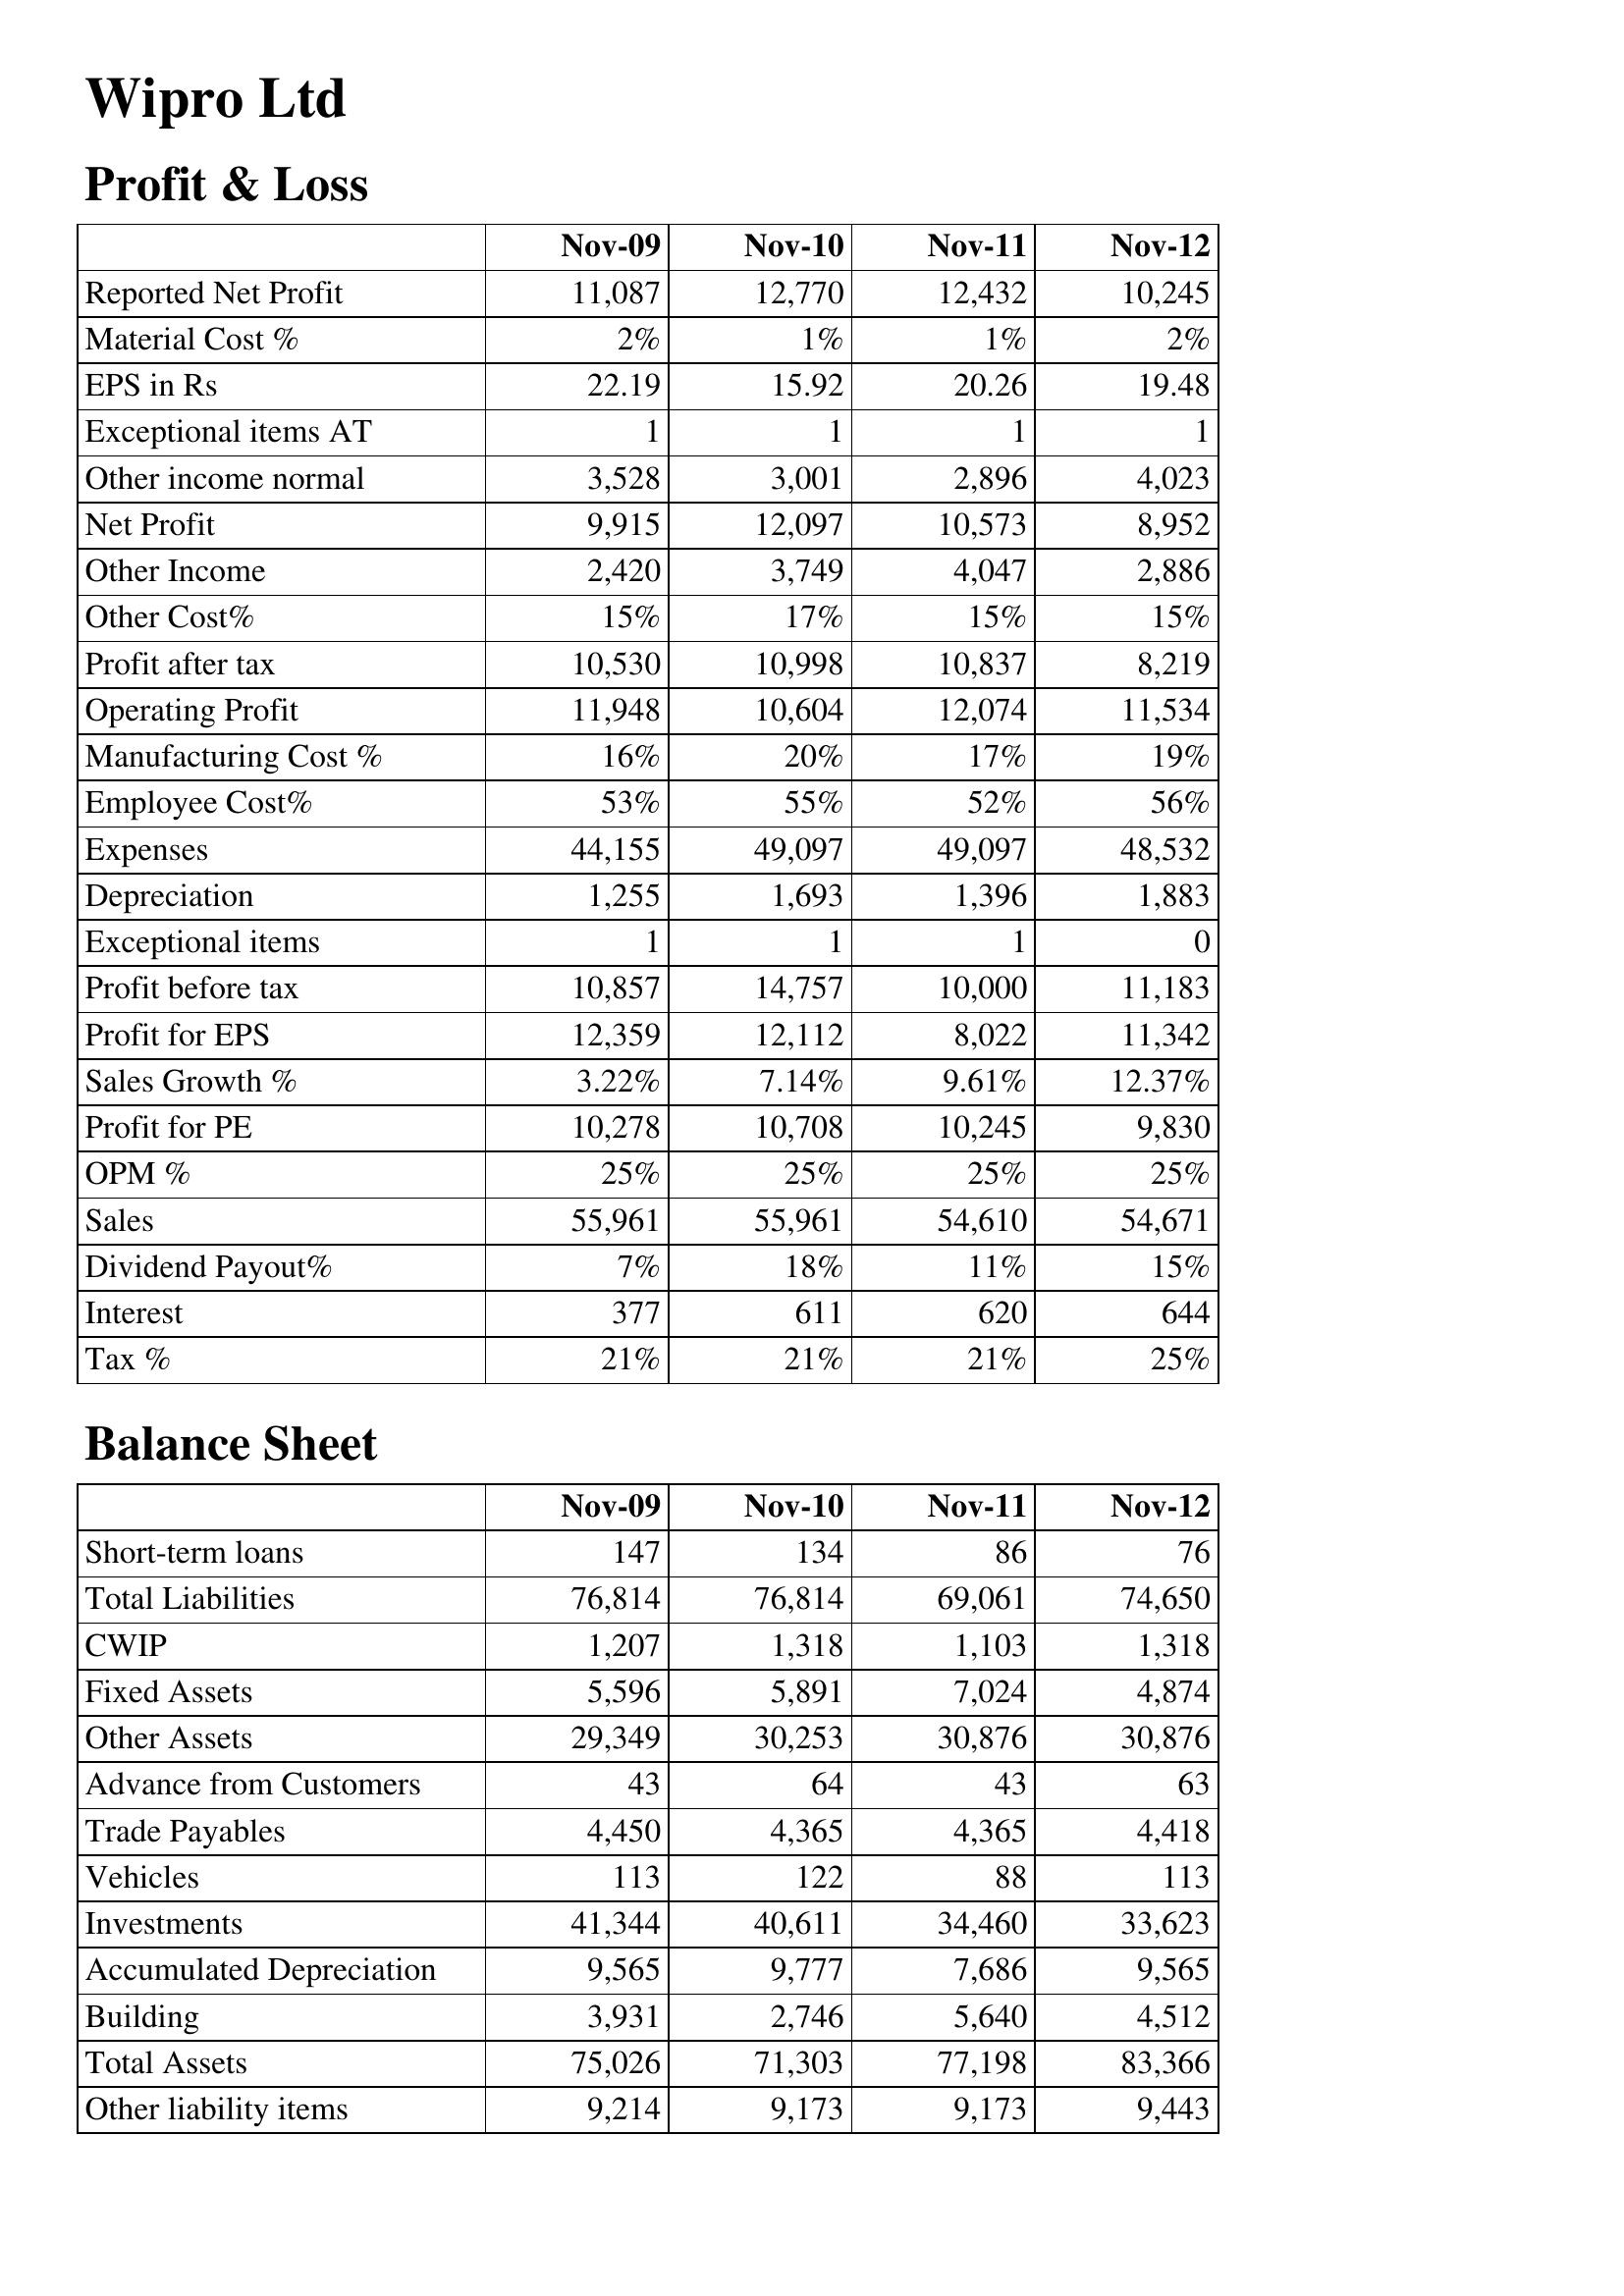
Nov-09: Profit & Loss: Reported Net Profit: 11,087
Material Cost %: 2%
EPS in Rs: 22.19
Exceptional items AT: 1
Other income normal: 3,528
Net Profit: 9,915
Other Income: 2,420
Other Cost%: 15%
Profit after tax: 10,530
Operating Profit: 11,948
Manufacturing Cost %: 16%
Employee Cost%: 53%
Expenses: 44,155
Depreciation: 1,255
Exceptional items: 1
Profit before tax: 10,857
Profit for EPS: 12,359
Sales Growth %: 3.22%
Profit for PE: 10,278
OPM %: 25%
Sales: 55,961
Dividend Payout%: 7%
Interest: 377
Tax %: 21%
Balance Sheet: Short-term loans: 147
Total Liabilities: 76,814
CWIP: 1,207
Fixed Assets: 5,596
Other Assets: 29,349
Advance from Customers: 43
Trade Payables: 4,450
Vehicles: 113
Investments: 41,344
Accumulated Depreciation: 9,565
Building: 3,931
Total Assets: 75,026
Other liability items: 9,214
Nov-10: Profit & Loss: Reported Net Profit: 12,770
Material Cost %: 1%
EPS in Rs: 15.92
Exceptional items AT: 1
Other income normal: 3,001
Net Profit: 12,097
Other Income: 3,749
Other Cost%: 17%
Profit after tax: 10,998
Operating Profit: 10,604
Manufacturing Cost %: 20%
Employee Cost%: 55%
Expenses: 49,097
Depreciation: 1,693
Exceptional items: 1
Profit before tax: 14,757
Profit for EPS: 12,112
Sales Growth %: 7.14%
Profit for PE: 10,708
OPM %: 25%
Sales: 55,961
Dividend Payout%: 18%
Interest: 611
Tax %: 21%
Balance Sheet: Short-term loans: 134
Total Liabilities: 76,814
CWIP: 1,318
Fixed Assets: 5,891
Other Assets: 30,253
Advance from Customers: 64
Trade Payables: 4,365
Vehicles: 122
Investments: 40,611
Accumulated Depreciation: 9,777
Building: 2,746
Total Assets: 71,303
Other liability items: 9,173
Nov-11: Profit & Loss: Reported Net Profit: 12,432
Material Cost %: 1%
EPS in Rs: 20.26
Exceptional items AT: 1
Other income normal: 2,896
Net Profit: 10,573
Other Income: 4,047
Other Cost%: 15%
Profit after tax: 10,837
Operating Profit: 12,074
Manufacturing Cost %: 17%
Employee Cost%: 52%
Expenses: 49,097
Depreciation: 1,396
Exceptional items: 1
Profit before tax: 10,000
Profit for EPS: 8,022
Sales Growth %: 9.61%
Profit for PE: 10,245
OPM %: 25%
Sales: 54,610
Dividend Payout%: 11%
Interest: 620
Tax %: 21%
Balance Sheet: Short-term loans: 86
Total Liabilities: 69,061
CWIP: 1,103
Fixed Assets: 7,024
Other Assets: 30,876
Advance from Customers: 43
Trade Payables: 4,365
Vehicles: 88
Investments: 34,460
Accumulated Depreciation: 7,686
Building: 5,640
Total Assets: 77,198
Other liability items: 9,173
Nov-12: Profit & Loss: Reported Net Profit: 10,245
Material Cost %: 2%
EPS in Rs: 19.48
Exceptional items AT: 1
Other income normal: 4,023
Net Profit: 8,952
Other Income: 2,886
Other Cost%: 15%
Profit after tax: 8,219
Operating Profit: 11,534
Manufacturing Cost %: 19%
Employee Cost%: 56%
Expenses: 48,532
Depreciation: 1,883
Exceptional items: 0
Profit before tax: 11,183
Profit for EPS: 11,342
Sales Growth %: 12.37%
Profit for PE: 9,830
OPM %: 25%
Sales: 54,671
Dividend Payout%: 15%
Interest: 644
Tax %: 25%
Balance Sheet: Short-term loans: 76
Total Liabilities: 74,650
CWIP: 1,318
Fixed Assets: 4,874
Other Assets: 30,876
Advance from Customers: 63
Trade Payables: 4,418
Vehicles: 113
Investments: 33,623
Accumulated Depreciation: 9,565
Building: 4,512
Total Assets: 83,366
Other liability items: 9,443